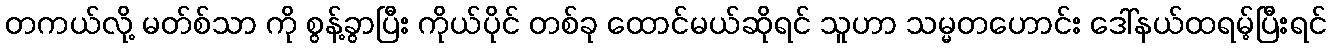
တကယ်လို့ မတ်စ်သာ ကို စွန့်ခွာပြီး ကိုယ်ပိုင် တစ်ခု ထောင်မယ်ဆိုရင် သူဟာ သမ္မတဟောင်း ဒေါ်နယ်ထရမ့်ပြီးရင်